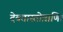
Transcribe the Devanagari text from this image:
देवतास्तोत्राणि।